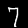
Label: 7